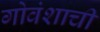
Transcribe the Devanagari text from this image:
गोवंशाची